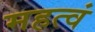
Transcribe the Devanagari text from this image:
महत्वं